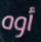
أوه